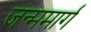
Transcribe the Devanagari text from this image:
जन्ममार्ग